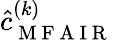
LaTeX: \hat{c}_{\mathrm{~M~F~A~I~R~}}^{(k)}